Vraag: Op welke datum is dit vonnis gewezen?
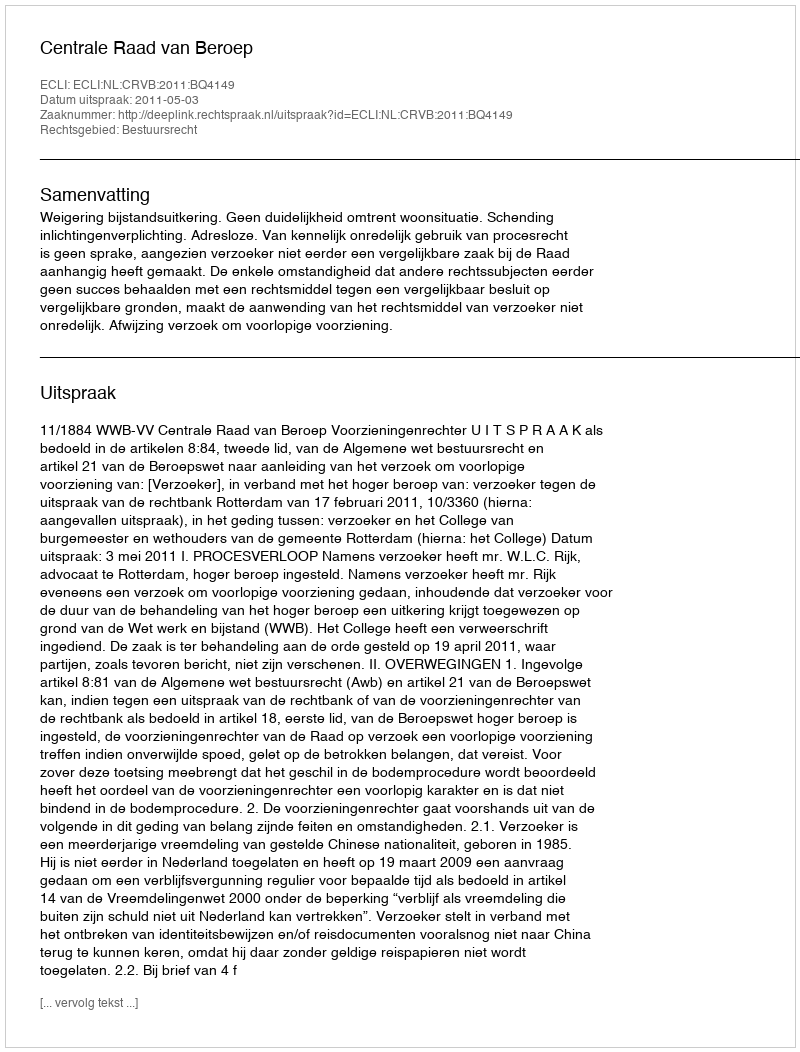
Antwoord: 2011-05-03